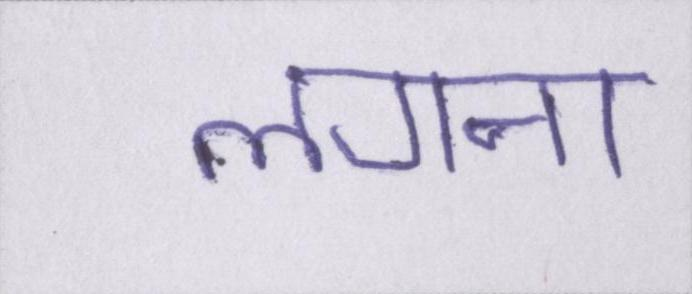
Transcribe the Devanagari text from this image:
लगना